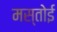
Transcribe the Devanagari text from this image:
मस्तोई